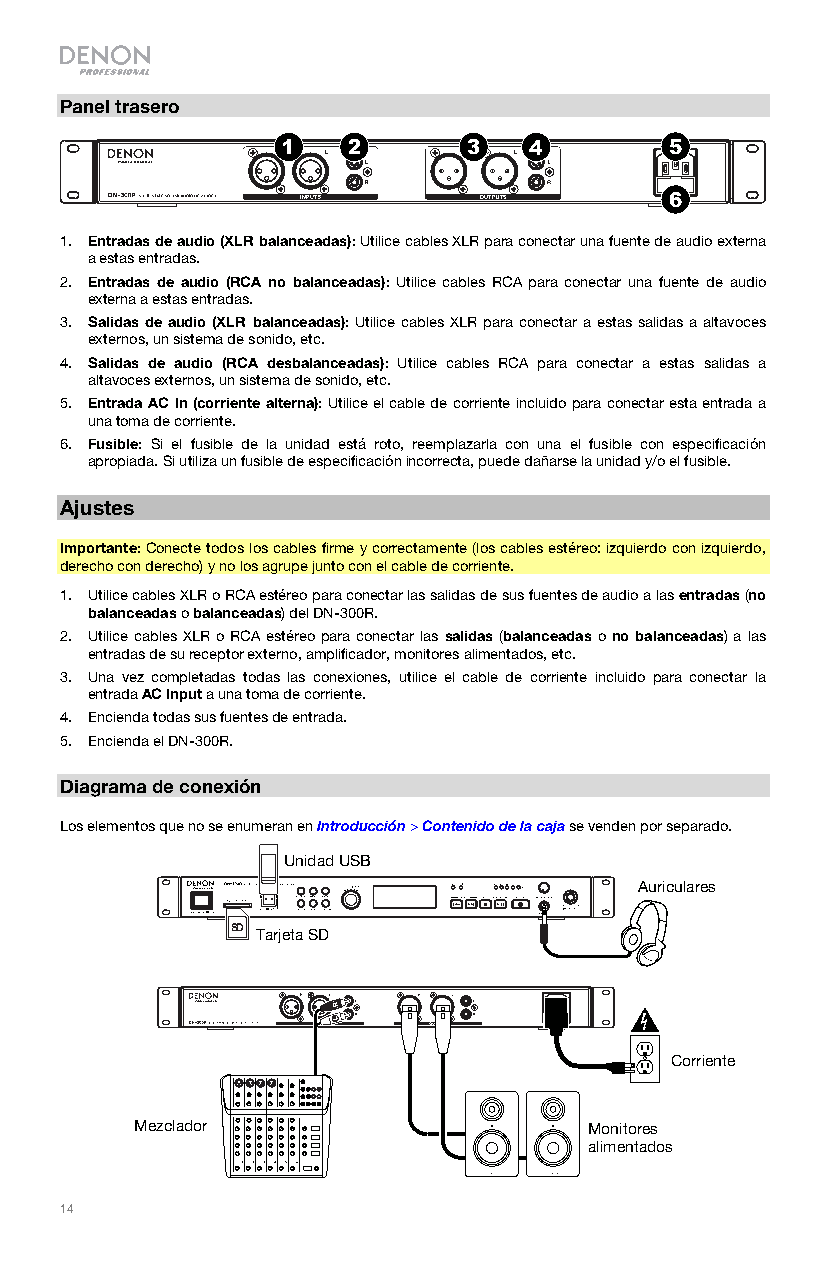
Panel trasero
 1   2       3   4        5
 6
 1. Entradas de audio (XLR balanceadas): Utilice cables XLR para conectar una fuente de audio externa
 a estas entradas.
 2. Entradas de audio (RCA no balanceadas): Utilice cables RCA para conectar una fuente de audio
 externa a estas entradas.
 3. Salidas de audio (XLR balanceadas): Utilice cables XLR para conectar a estas salidas a altavoces
 externos, un sistema de sonido, etc.
 4. Salidas de audio (RCA desbalanceadas): Utilice cables RCA para conectar a estas salidas a
 altavoces externos, un sistema de sonido, etc.
 5. Entrada AC In (corriente alterna): Utilice el cable de corriente incluido para conectar esta entrada a
 una toma de corriente.
 6. Fusible: Si el fusible de la unidad está roto, reemplazarla con una el fusible con especificación
 apropiada. Si utiliza un fusible de especificación incorrecta, puede dañarse la unidad y/o el fusible.
 Ajustes
 Importante: Conecte todos los cables firme y correctamente (los cables estéreo: izquierdo con izquierdo,
 derecho con derecho) y no los agrupe junto con el cable de corriente.
 1. Utilice cables XLR o RCA estéreo para conectar las salidas de sus fuentes de audio a las entradas (no
 balanceadas o balanceadas) del DN-300R.
 2. Utilice cables XLR o RCA estéreo para conectar las salidas (balanceadas o no balanceadas) a las
 entradas de su receptor externo, amplificador, monitores alimentados, etc.
 3. Una vez completadas todas las conexiones, utilice el cable de corriente incluido para conectar la
 entrada AC Input a una toma de corriente.
 4. Encienda todas sus fuentes de entrada.
 5. Encienda el DN-300R.
 Diagrama de conexión
 Los elementos que no se enumeran en Introducción > Contenido de la caja se venden por separado.
 Unidad USB
 Auriculares
 SD
 Tarjeta SD
 Corriente
 Mezclador                     Monitores
 alimentados
 14